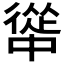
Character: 𭜅